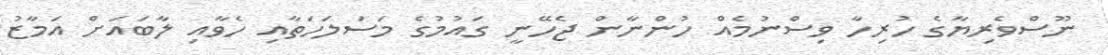
ނޫސްވެރިޔާގެ ހުރިހާ ވިސްނުމެއް ހުންނާން ޖެހޭނީ ގައުމުގެ މަސަލަހަތާއި ހެވާއި ލާބައަށް އަމާޒު